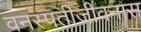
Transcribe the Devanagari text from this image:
वनस्पतीजीवनास